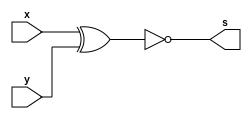
// ------------------------- 
// Exemplo0023 - FULL COMPARATOR (EQUALITY)
// Nome: Joo Henrique Mendes de Oliveira
// ------------------------- 

// ------------------------- 
// half comparator 
// ------------------------- 
module halfComp (output s, input x, input y);
	wire equals;
	
	xnor EQUALS (equals, x, y);
	
	assign s = equals;
endmodule // halfComp

// ------------------------- 
// Full Comparator (Equality) 4bits
// ------------------------- 
module fc4 (output s, input [3:0]a, input [3:0]b);
	wire s0, s1, s2, s3, saida; 
	
	halfComp HC0 (s0, a[0], b[0]);
	
	halfComp HC1 (s1, a[1], b[1]);
	
	halfComp HC2 (s2, a[2], b[2]);
	
	halfComp HC3 (s3, a[3], b[3]);
		
	and Verificador (saida, s0, s1, s2, s3);
	
	assign s = saida;
endmodule //exercicio

module test_equality; 
// ------------------------- definir dados 
	reg [3:0] x; 
	reg [3:0] y;
	wire equals; 
	fc4 SUB (equals, x, y);

// ------------------------- parte principal 
	initial begin 
		$display("Exemplo0023 - Joo Henrique Mendes de Oliveira - 392734"); 
		$display("Test ALU's full comparator (equality) "); 
		
		// projetar testes do somador completo
		#1 x = 4'b0101; y = 4'b1011;
		$monitor("%4b == %4b ? %1b", x, y, equals);

		#2 x = 4'b0000; y = 4'b0000;
		#3 x = 4'b1111; y = 4'b0000;
		#4 x = 4'b1111; y = 4'b1111;	
	end 
endmodule // test_equality